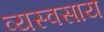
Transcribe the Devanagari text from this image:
व्यस्वसाय